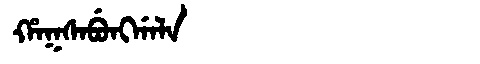
Manchu: ᡥᠠᡴᠰᠠᠪᡠᠩᡤᠠᠯᠠ
Romanization: HAKSABUNGGALA